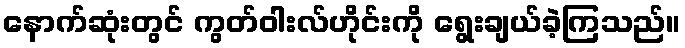
နောက်ဆုံးတွင် ကွတ်ဝါးလ်ဟိုင်းကို ရွေးချယ်ခဲ့ကြသည်။